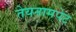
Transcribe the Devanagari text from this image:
तेयनामपेट